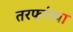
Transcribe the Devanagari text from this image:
तरफांच्या